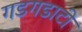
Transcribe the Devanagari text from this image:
गडगडाटी